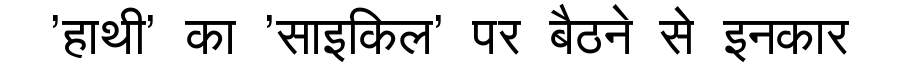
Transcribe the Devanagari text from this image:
'हाथी' का 'साइकिल' पर बैठने से इनकार